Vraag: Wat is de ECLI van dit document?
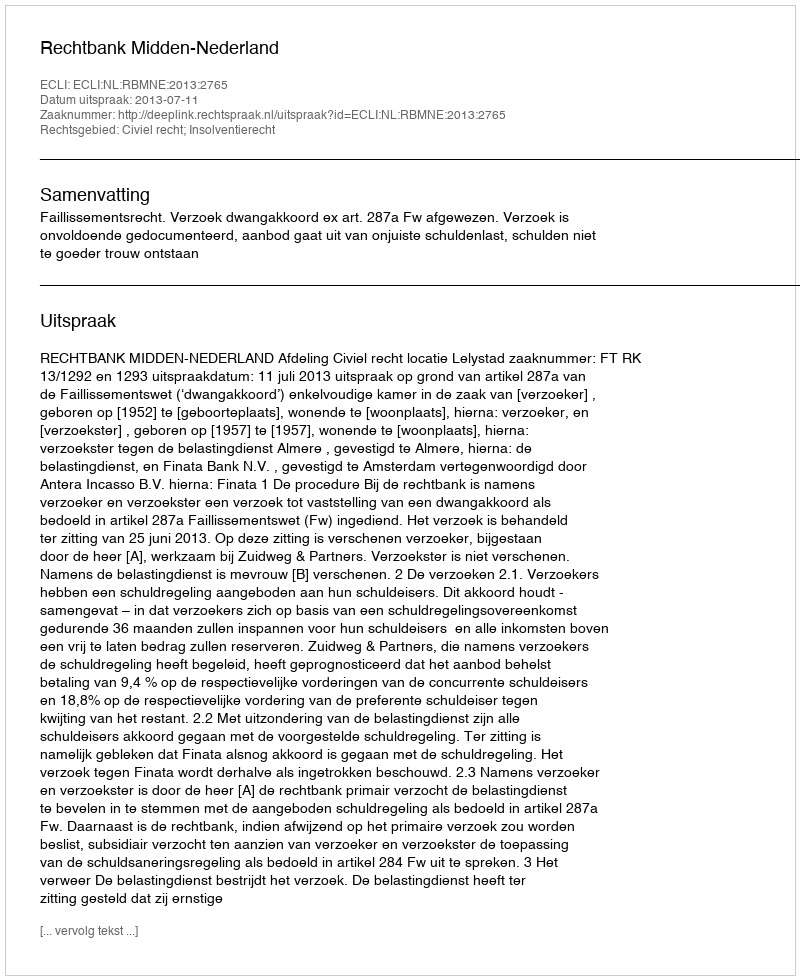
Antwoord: ECLI:NL:RBMNE:2013:2765